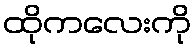
ထိုကလေးကို